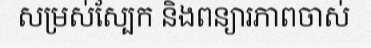
សម្រស់ស្បែក និងពន្យារភាពចាស់